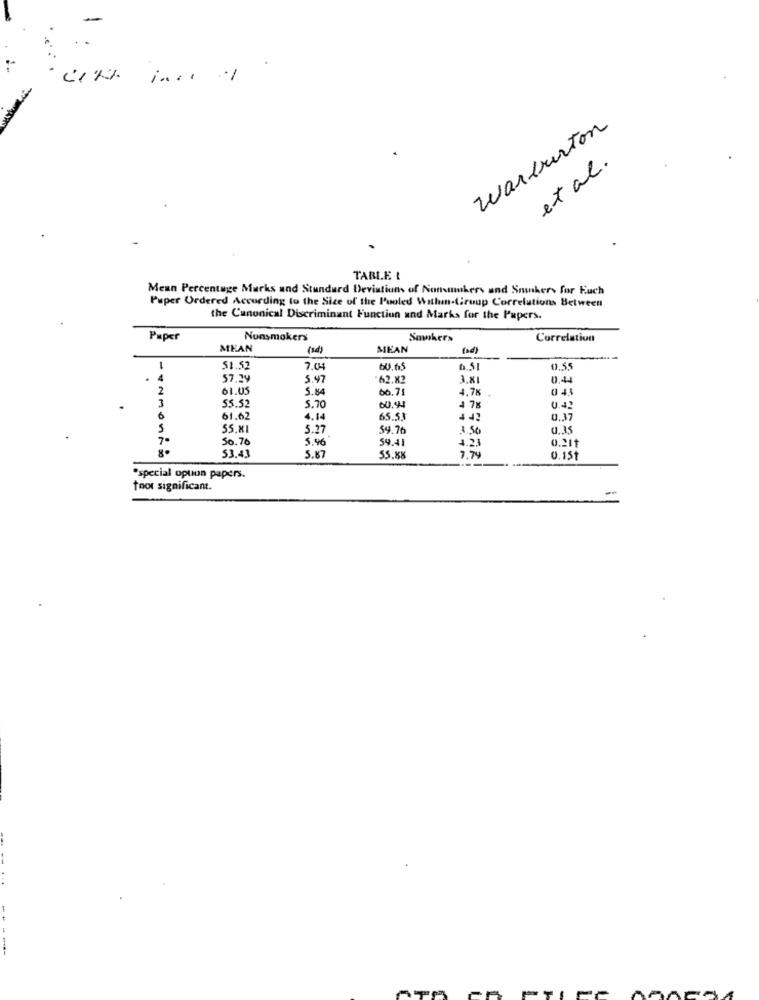
warburton
et al .
TABLE :
Mean Percentage Marks and Stundurd Deviations of Nonsmokers and Sminkers for Euch
Puper Ordered According to the Size of the Puoled Within-Cruup Correlations Between
the Canonical Discriminant Function and Marks for the Papers.
Paper
Nonsmokers
Smokers
Correlation
MEAN
(sd)
MEAN
(ad)
51.52
7.04
60.05
9.55
.
57.29
5.47
62.X2
3.X1
0,44
2
61.05
5.84
66.71
4.78
55.52
5.70
60.94
4.78
0.+
6
61.62
4.14
65.53
44
0.37
5
55.81
5.27
59.76
A. S
0.35
7-
50.76
5.46
54.41
4.23
0.211
53.43
7.74
5.87
SS.XX
0.15t
"special option papers.
foot significant.